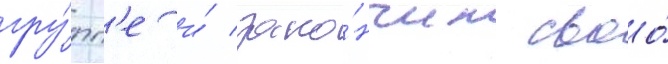
гру́пп'е и́ зако́нчил своо́